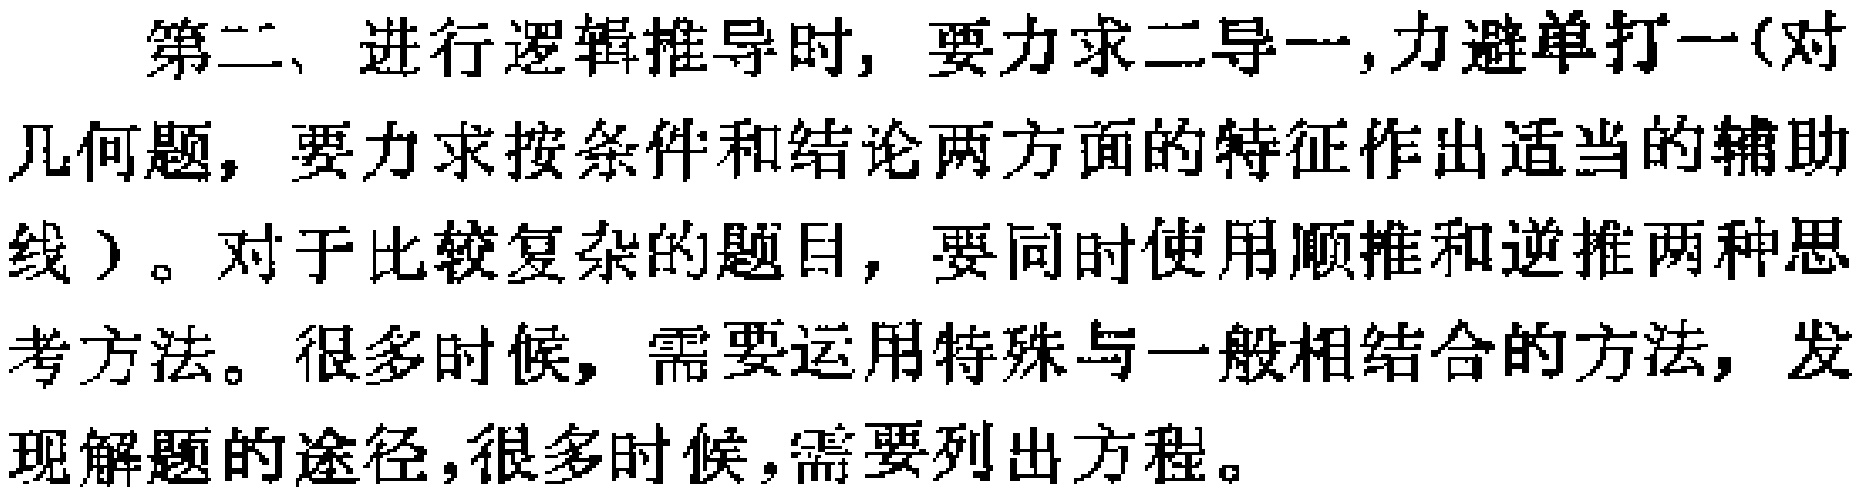
第二、进行逻辑推导时, 要力求二导一,力避单打一(对几何题，要力求按条件和结论两方面的特征作出适当的辅助线）。对于比较复杂的题目，要同时使用顺推和逆推两种思考方法。很多时候，需要运用特殊与一般相结合的方法，发现解题的途径,很多时候,需要列出方程。